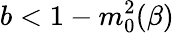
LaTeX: b<1-m_{0}^{2}(\beta)